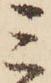
ミ